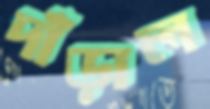
দাঁড়াল